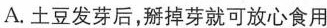
A.土豆发芽后，掰掉芽就可放心食用